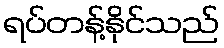
ရပ်တန့်နိုင်သည်